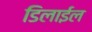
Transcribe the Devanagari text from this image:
डिलाईल